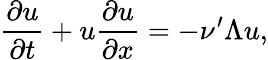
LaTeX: \frac{\partial u}{\partial t}+u\frac{\partial u}{\partial x}=-\nu^{\prime}\Lambda u,